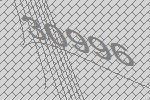
30996